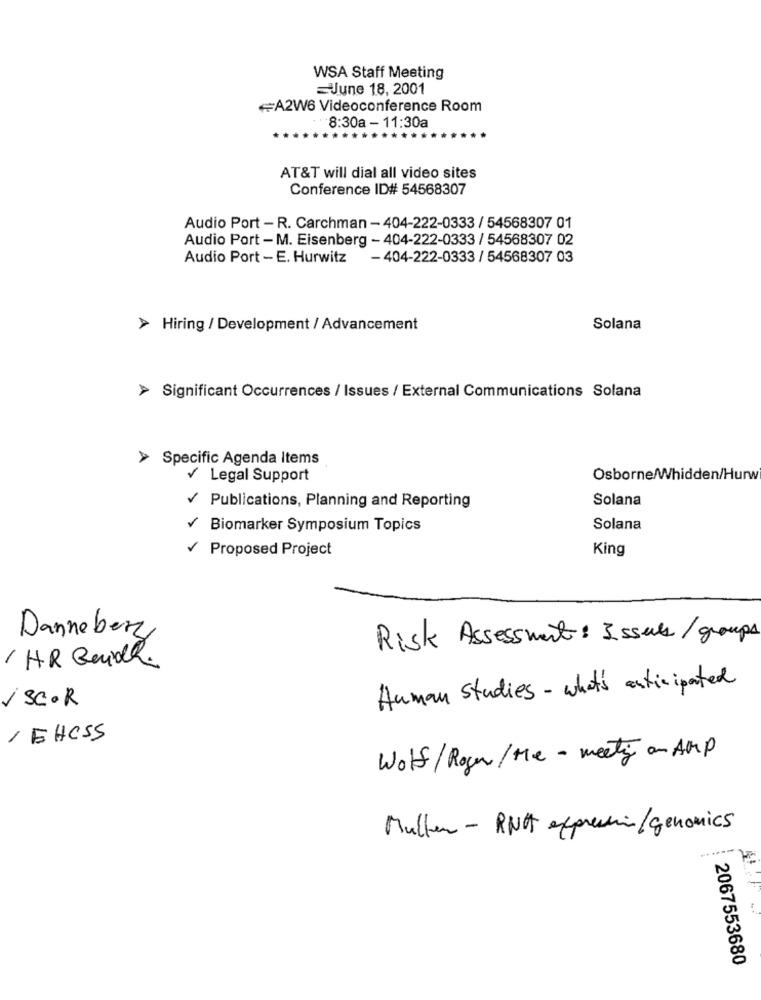
WSA Staff Meeting
June 18, 2001
A2W6 Videoconference Room
8:30a - 11:30a
AT&T will dial all video sites
Conference ID# 54568307
Audio Port - R. Carchman - 404-222-0333 / 54568307 01
Audio Port - M. Eisenberg - 404-222-0333 / 54568307 02
Audio Port - E. Hurwitz
- 404-222-0333 / 54568307 03
> Hiring / Development / Advancement
Solana
> Significant Occurrences / Issues / External Communications Solana
> Specific Agenda Items
Legal Support
Osborne/Whidden/Hurw
Solana
Publications, Planning and Reporting
Biomarker Symposium Topics
Solana
Proposed Project
King
Danneberg
Risk Assessment : Issues / groups
1 HR Guide
Human Studies - what's anticipated
/ SC.R
,EHCSS
Wolf/Roger/ the- meeting on AMP
Muller - RNA expression/ genomics
41 F
2067553680